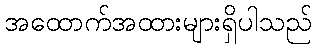
အထောက်အထားများရှိပါသည်